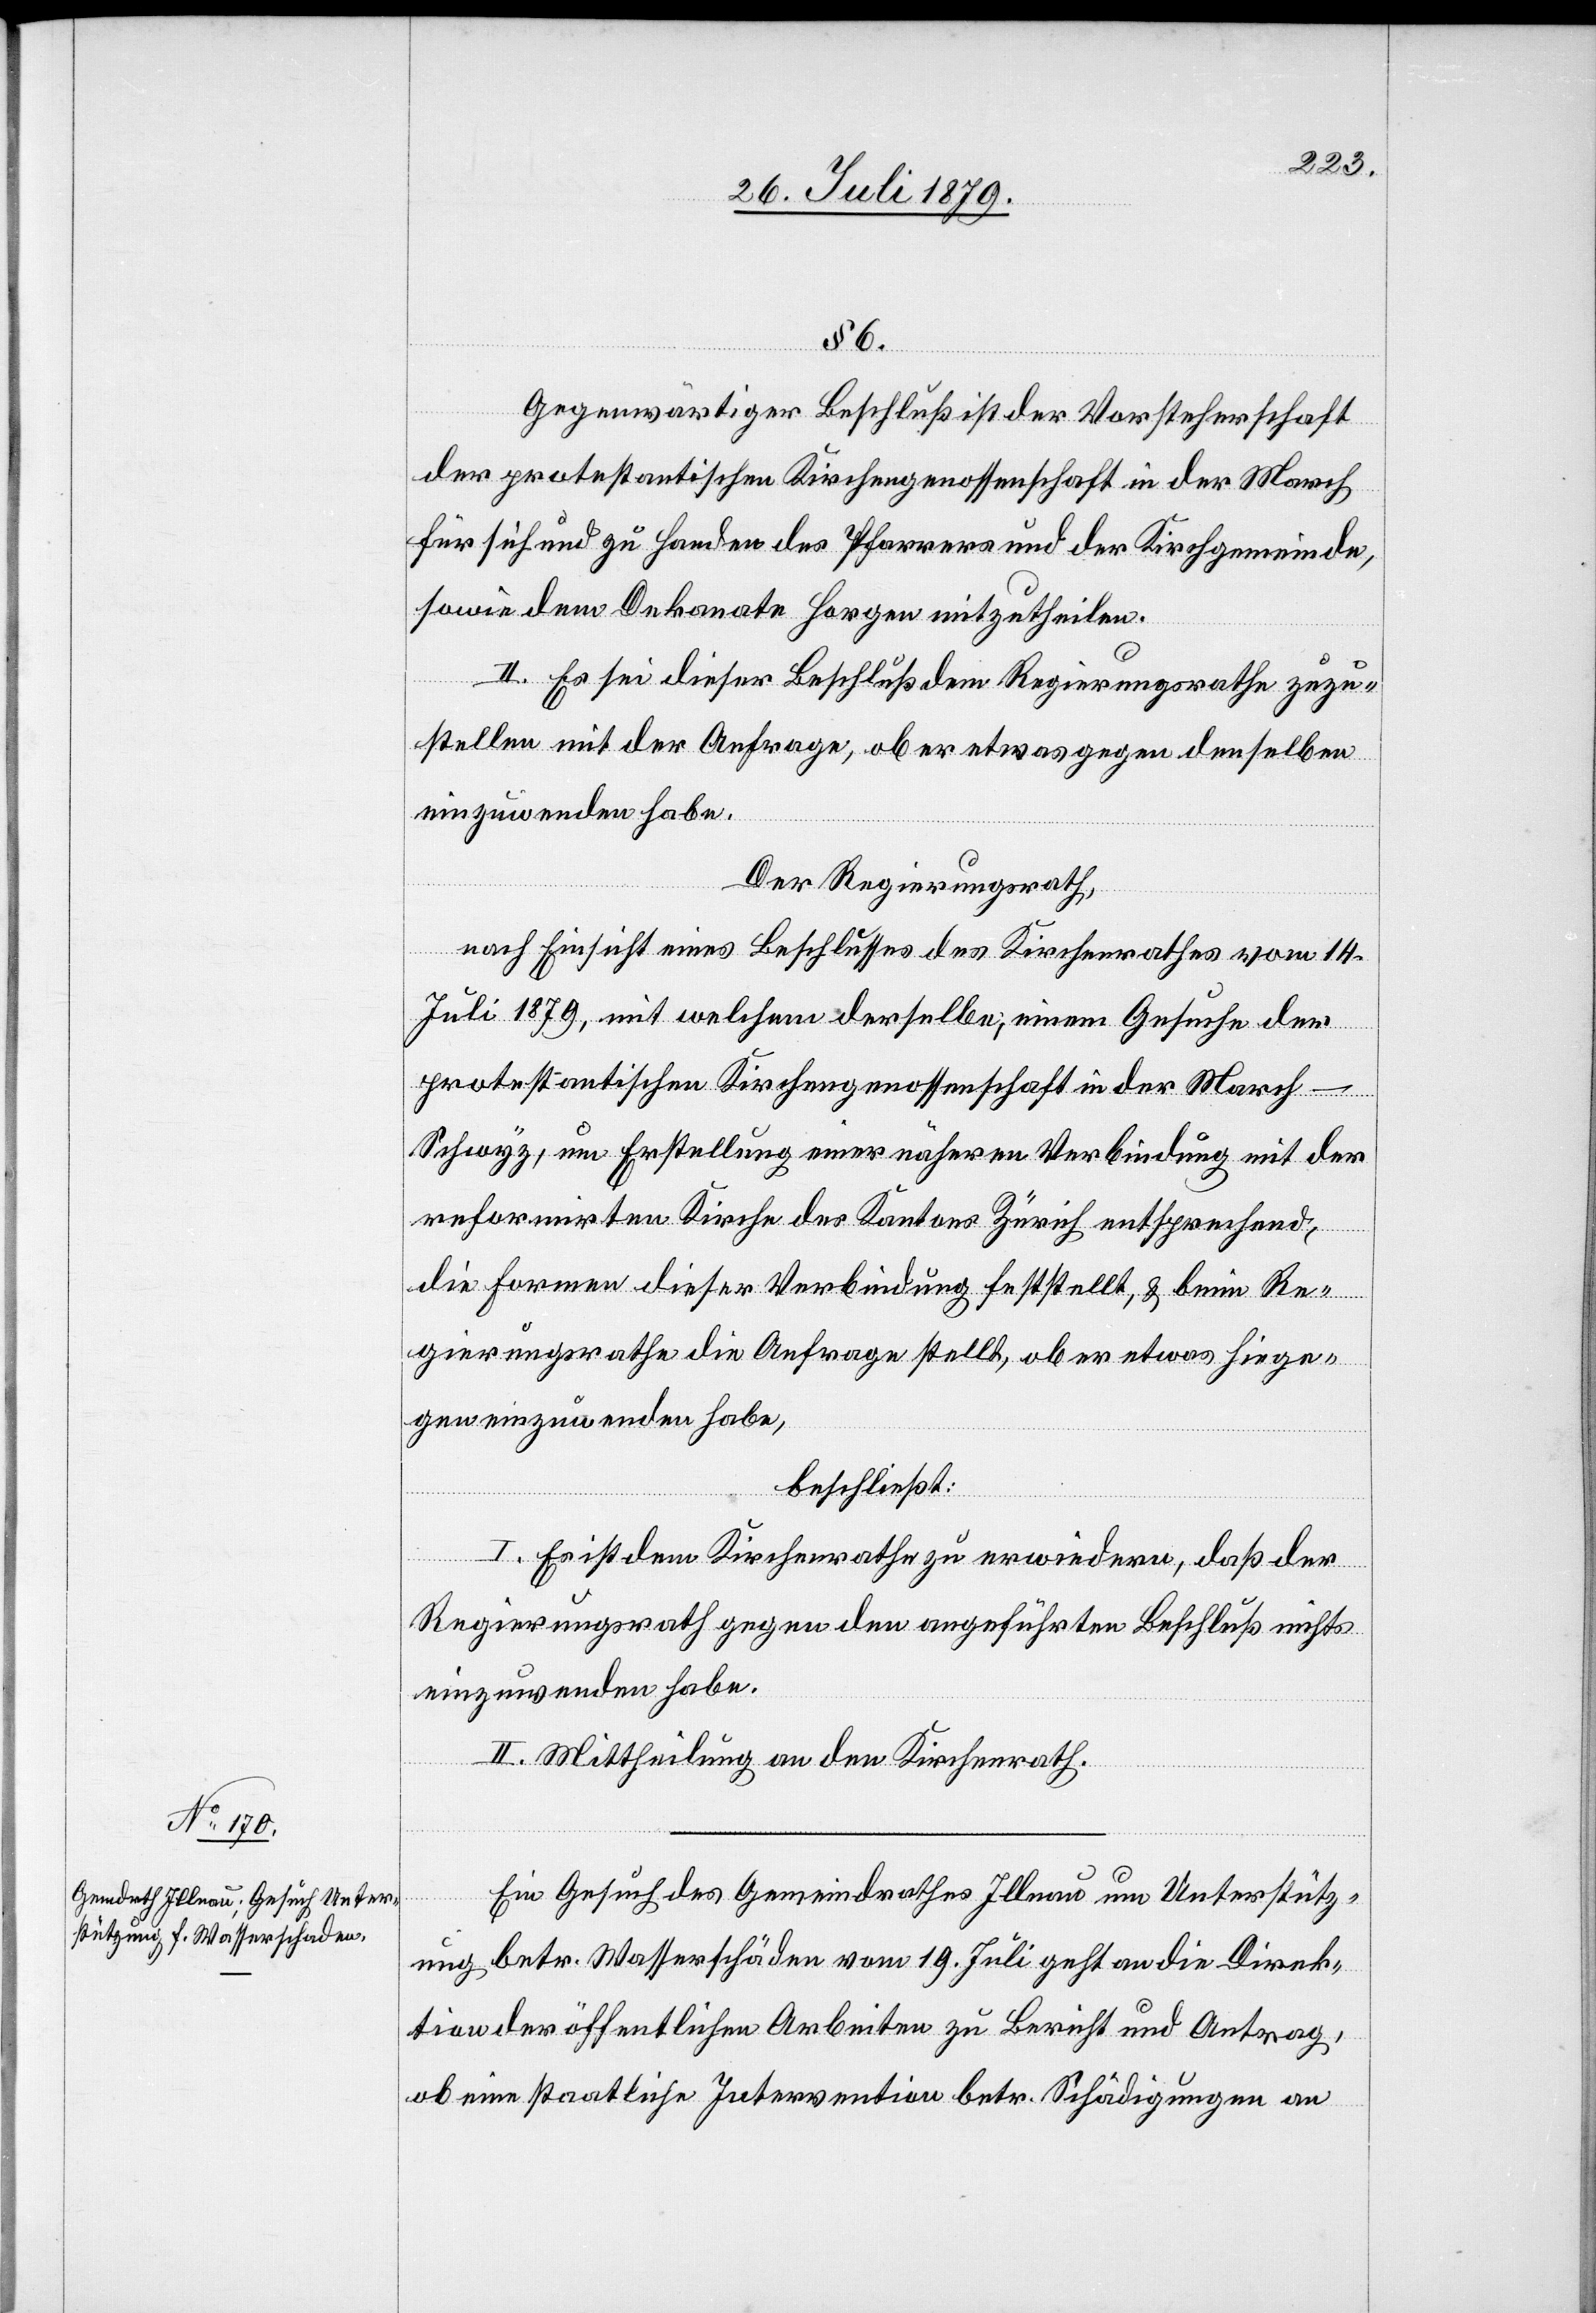
§ 6.
Gegenwärtiger Beschluß ist der Vorsteherschaft
der protestantischen Kirchengenossenschaft in der March
für sich und zu Handen des Pfarrers und der Kirchgemeinde,
sowie dem Dekanate Horgen mitzutheilen.
II. Es sei dieser Beschluß dem Regierungsrathe zuzu¬
stellen mit der Anfrage, ob er etwas gegen denselben
einzuwenden habe.
Der Regierungsrath,
nach Einsicht eines Beschlusses des Kirchenrathes vom 14.
Juli 1879, mit welchem derselbe einem Gesuche der
protestantischen Kirchengenossenschaft in der March
Schwyz, um Erstellung einer nähern Verbindung mit der
reformirten Kirche des Kantons Zürich entsprechend,
die Formen dieser Verbindung feststellt, & beim Re¬
gierungsrathe die Anfrage stellt, ob er etwas hiege¬
gen einzuwenden habe,
beschließt:
I. Es ist dem Kirchenrathe zu erwiedern, daß der
Regierungsrath gegen den angeführten Beschluß nichts
einzuwenden habe.
II. Mittheilung an den Kirchenrath.
Ein Gesuch des Gemeindrathes Illnau um Unterstütz¬
ung betr. Wasserschäden vom 19. Juli geht an die Direk¬
tion der öffentlichen Arbeiten zu Bericht und Antrag,
ob eine staatliche Intervention betr. Schädigungen an